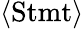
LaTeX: \langle{\mathrm{Stmt}}\rangle